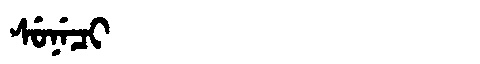
Manchu: ᠰᡠᠨᡝᠴᡳ
Romanization: SUNECI